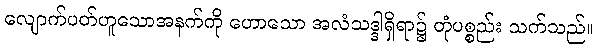
လျောက်ပတ်ဟူသောအနက်ကို ဟောသော အလံသဒ္ဒါရှိရာ၌ တုံပစ္စည်း သက်သည်။